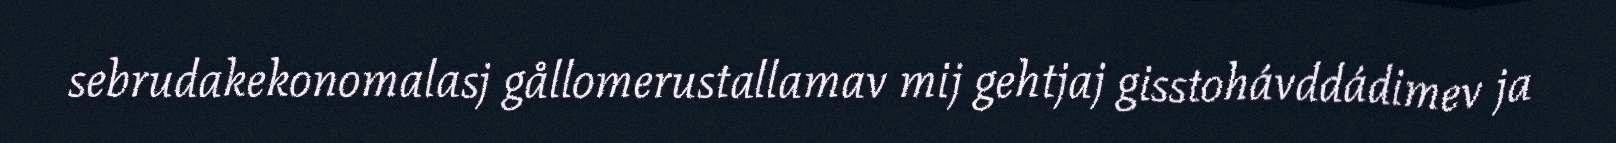
sebrudakekonomalasj gållomerustallamav mij gehtjaj gisstohávddádimev ja